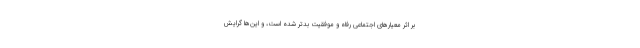
بر اثر معیارهای اجتماعی رفاه و موفقیت بدتر شده است، و این‌ها گرایش